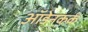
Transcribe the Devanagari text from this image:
ऑडेनकर्क